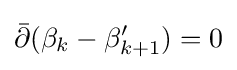
{\bar {\partial }}(\beta _{k}-\beta '_{k+1})=0